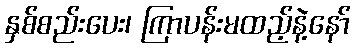
နှစ်စည်းပေး၊ ကြာပန်းမထည့်နဲ့နော်